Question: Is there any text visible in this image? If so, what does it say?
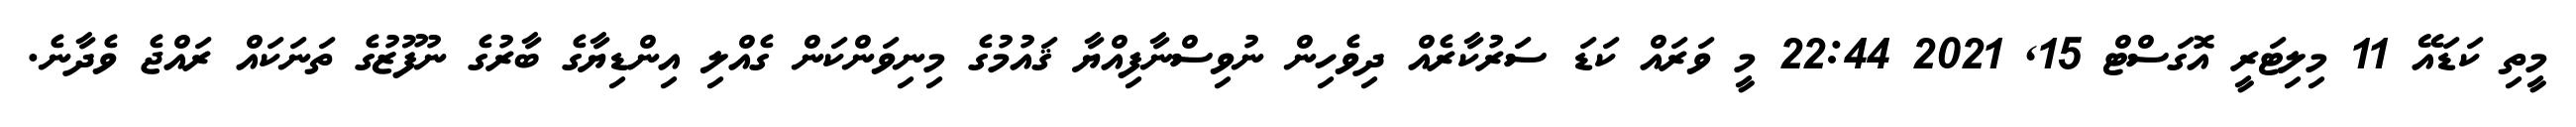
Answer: މީތި ކަޑައޭ 11 މިލިޓަރީ އޮގަސްޓް 15, 2021 22:44 މީ ވަރައް ކަޑަ ސަރުކާރެއް ދިވެހިން ނުވިސްނާފިއްޔާ ޤައުމުގެ މިނިވަންކަން ގެއްލި އިންޑިޔާގެ ބާރުގެ ނުފޫޒުގެ ތަނަކައް ރައްޖެ ވެދާނެ.